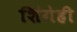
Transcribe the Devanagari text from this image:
शिंगेही